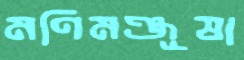
মণিমঞ্জূষা